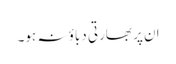
ان پر بھارتی دباؤ نہ ہو۔